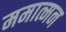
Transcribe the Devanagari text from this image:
ममात्मन